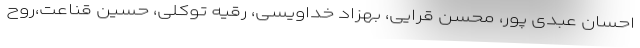
احسان عبدی پور، محسن قرایی، بهزاد خداویسی، رقیه توکلی، حسین قناعت،روح